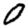
Digit: 0